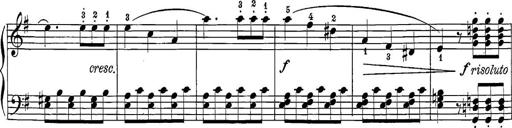
Title: 12 Sonatine per Pianoforte
Composer: Friedrich Kuhlau